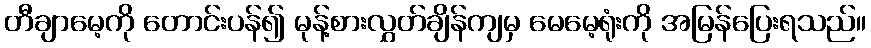
တီချာမေ့ကို တောင်းပန်၍ မုန့်စားလွှတ်ချိန်ကျမှ မေမေ့ရုံးကို အမြန်ပြေးရသည်။